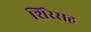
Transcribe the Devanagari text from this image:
शिरेसह